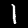
Digit: 1